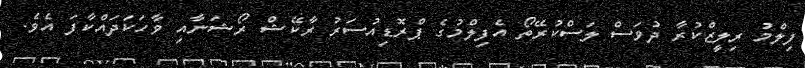
ފިލްމު ރިލީޒްކުރާ ދުވަސް ލަސްކުރޭތޯ އެފިލްމުގެ ޕްރޮޑިއުސަރު ރާކޭޝް ރޯޝަނާއި ވާހަކަދައްކާފަ އެވެ.